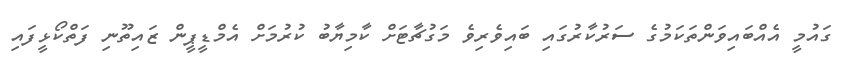
ގައުމީ އެއްބައިވަންތަކަމުގެ ސަރުކާރުގައި ބައިވެރިވެ މަގުޗާޓަށް ކާމިޔާބު ކުރުމަށް އެމްޑީޕީން ޒައިތޫނި ފަތްކޯޅީފައި